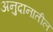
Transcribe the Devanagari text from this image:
अनुदानातील